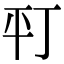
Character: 𢆊